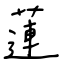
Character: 蓮